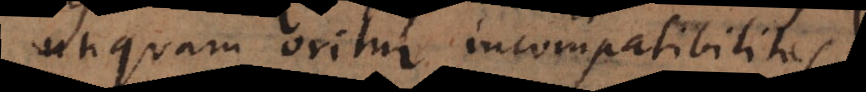
unquam oritur incompatibilitas.